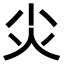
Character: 𡭞